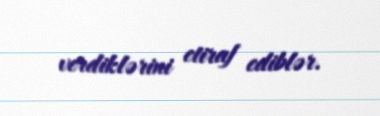
verdiklərini etiraf ediblər.